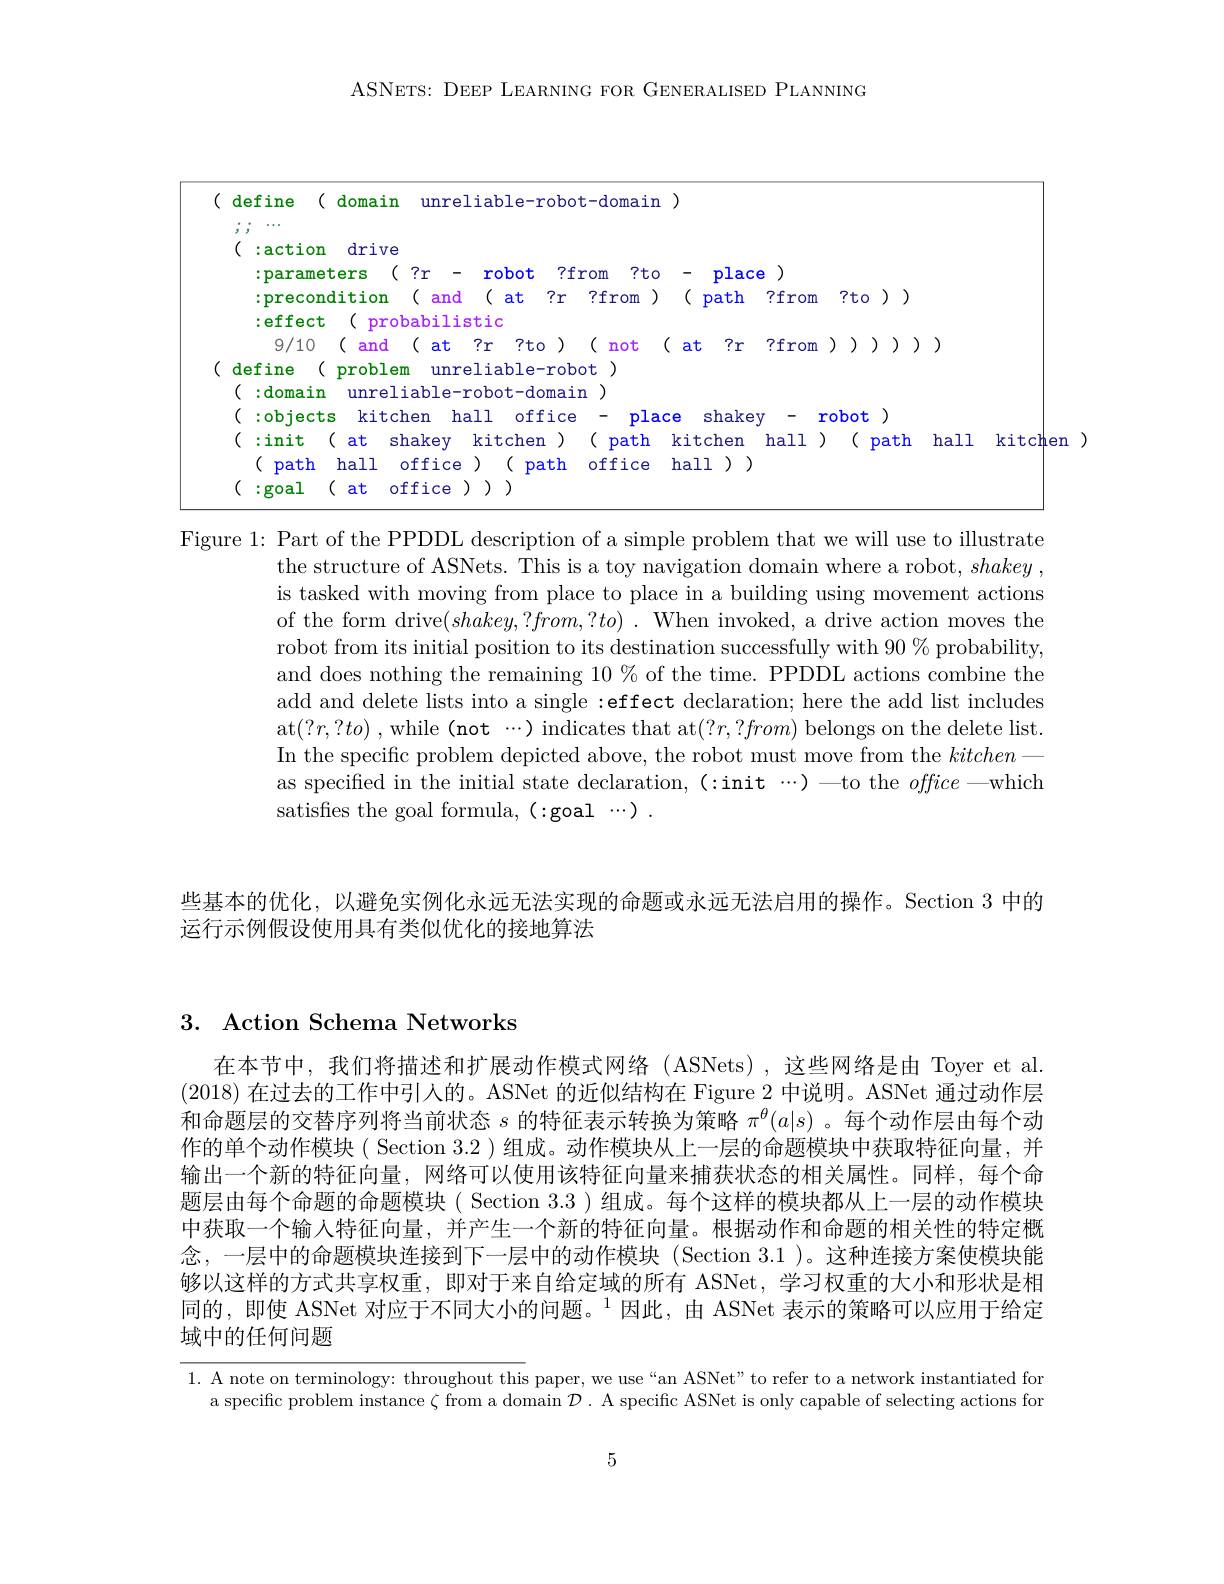
ASNETS: DEEP LEARNING FOR GENERALISED PLANNING

(1)

<FigureHere>

Figure 1: Part of the PPDDL description of a simple problem that we will use to illustrate
the structure of ASNets. This is a toy navigation domain where a robot, shakey . is tasked with moving from place to place in a building using movement actions of the form drive$(shakey,?from,?to).$ When invoked, a drive action moves the robot from its initial position to its destination successfully with $90\%$ probability, and does nothing the remaining 10% of the time. PPDDL actions combine the add and delete lists into a single :effect declaration; here the add list includes at$(?r,?to)$ , while (not ...) indicates that at$(?r,?from)$ belongs on the delete list. In the specific problem depicted above, the robot must move from the kitchen
as specified in the initial state declaration, (:init ...)—to the $office-$which
satisfies the goal formula, (:goal ...) .

些基本的优化，以避免实例化永远无法实现的命题或永远无法启用的操作。Section 3 中的
运行示例假设使用具有类似优化的接地算法

## 3. Action Schema Networks

在本节中，我们将描述和扩展动作模式网络(ASNets),这些网络是由 Toyer et al. (2018)在过去的工作中引人的。ASNet 的近似结构在 Figure 2中说明。ASNet 通过动作层和命题层的交替序列将当前状态$s$的特征表示转换为策略$\pi^\theta(a|s)$ 。每个动作层由每个动作的单个动作模块( Section 3.2 )组成。动作模块从上一层的命题模块中获取特征向量，并输出一个新的特征向量，网络可以使用该特征向量来捕获状态的相关属性。同样，每个命题层由每个命题的命题模块( Section 3.3 )组成。每个这样的模块都从上一层的动作模块中获取一个输人特征向量，并产生一个新的特征向量。根据动作和命题的相关性的特定概念，一层中的命题模块连接到下一层中的动作模块(Section 3.1)。这种连接方案使模块能够以这样的方式共享权重，即对于来自给定域的所有 ASNet, 学习权重的大小和形状是相同的，即使 ASNet 对应于不同大小的问题。$^1$因此，由 ASNet 表示的策略可以应用于给定

域中的任何问题

1. A note on terminology: throughout this paper, we use“an ASNet”to refer to a network instantiated for
a specific problem instance $\zeta$ from a domain $\mathcal{D}.$ A specific ASNet is only capable of selecting actions for

5